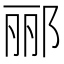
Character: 郦